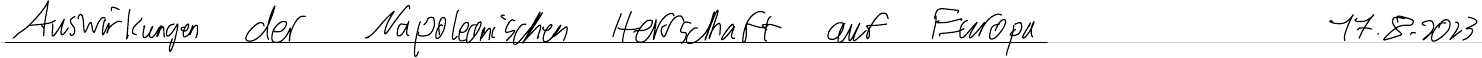
Auswirkungen der Napoleonischen Herrschaft auf Europa    17.8.2023